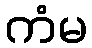
ကံမ